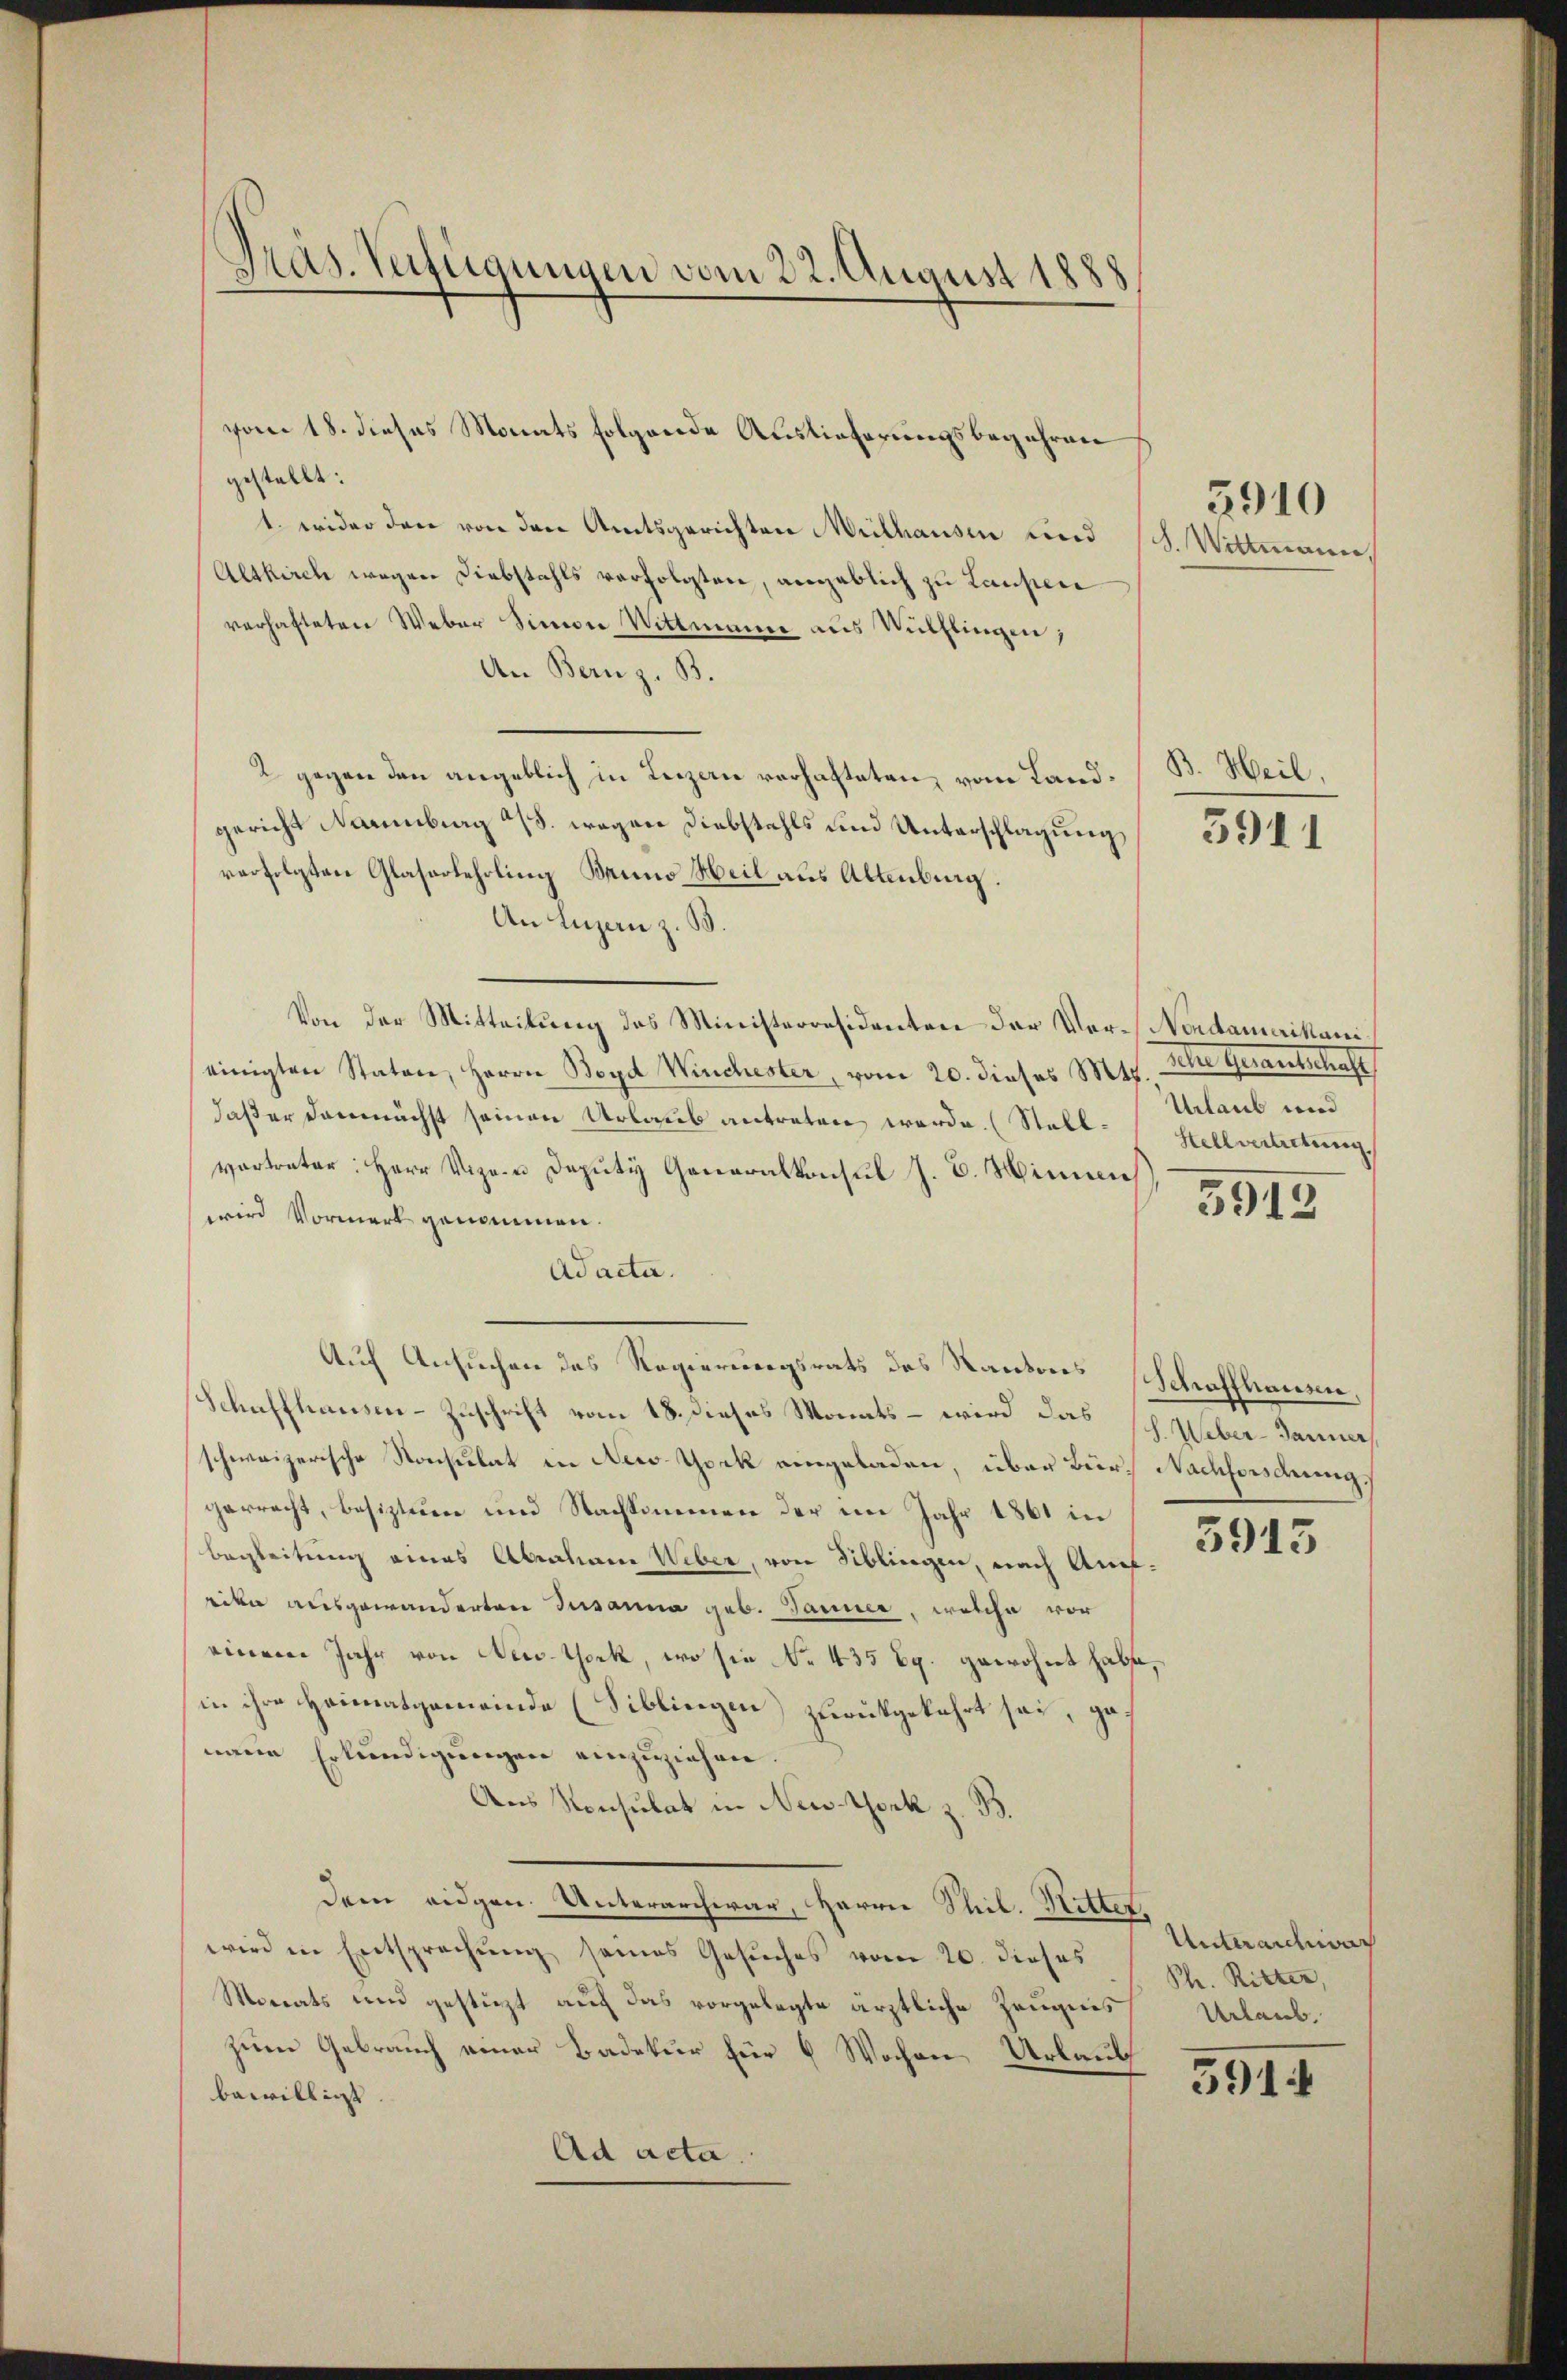
Pras. Verfügungen vom 22. August 1888

gestellt:
1. wider den von den Amtsgerichten Mülhausen und Sch. Wittmann,
Altkirch wegen Diebstahls verfolgten, angeblich zu Laupen
verhafteten Weber Simon Wittwunde aus Wülflingen,
An Bern z. B.
2 gegen den angeblich in Lenzen vorhafteten, vom Land- B. Heil,
gericht Naumburg 4/5. wegen Diebstahls und Unterschlagung
verfolgten Glaserlehrling Bruno Heil aus Altenburg.
An Luzern z. B.
Von der Mitteilung des Ministerresidenten der Ver-Nondamerikanieinigten Staten, Herrn Boyd Winchester, vom 20. dieses Mts. sche gesantschaft
daß er demnächst seinen Urlaub antreten werde. (Stell- Urlaub und
vertreter: Herr Vizen Deputi Generalkonsul J. B. Minen
wird Vormerk genommen.
Adacta.
Auf Ansuchen des Regierungsrats des Kantons Schaffhausen,
Schaffhausen-Zuschrift vom 18. dieses Monats – wird das Samme
schweizerische Konsulat in New York eingeladen, über Bur Nachforschrung.
gerrecht, besiztum und Nachkommen der im Jahr 1861 in
begleitung eines Abraham Weber, von Siblingen, nach Aufeden ausgewanderten Susanna geb. Tanner, welche vor
einem Jahr von New-York, wo sie No. 435 Rp. gewohnt habe,
in ihre Heimatgemeinde (Siblingen zurückgekehrt sei, genaue Erkundigungen einzuziehen.
Aus Konsulat in New-York z. B.
dem eidgen. Unterarchivar, HHerrn Thil. Ritter,
wird in Entsprechŭng seines Gesŭches vom 20. dieses 8. Ritter,
Monats und gestürzt auf das vorgelegte ärztliche Zeugnis
zum Gebrauch einer Badetur für 6 Wochen Urlaub
bewilligt.
Ad acta.

vom 18. dieses Monats folgende Auslieferungsbegehren

3910

5911

Stellvertretung,

5915

3915

Unteraichnung
Urlaub.

591